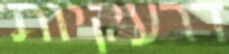
דרעקיות